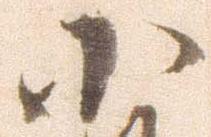
小